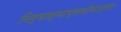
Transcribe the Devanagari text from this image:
निर्मात्याप्रतदेवाप्रत